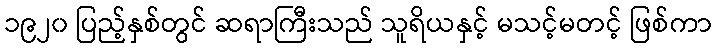
၁၉၂၀ ပြည့်နှစ်တွင် ဆရာကြီးသည် သူရိယနှင့် မသင့်မတင့် ဖြစ်ကာ